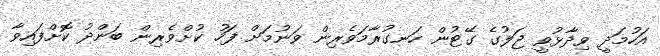
އަހުމަދީ ވިދާޅުވީ ޖަލުގެ ގޭޓުން ހަނގުރާމަވެރިން ވަނުމަށް ފަހު ކުށްވެރިން ބަންދު ކޮށްފައިވާ